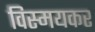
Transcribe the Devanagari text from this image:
विस्मयकर